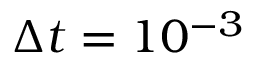
\Delta t = 1 0 ^ { - 3 }